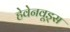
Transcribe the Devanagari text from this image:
हेवेनवूड्स